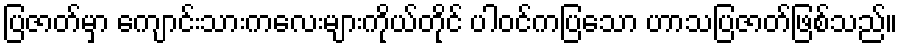
ပြဇာတ်မှာ ကျောင်းသားကလေးများကိုယ်တိုင် ပါဝင်ကပြသော ဟာသပြဇာတ်ဖြစ်သည်။